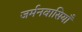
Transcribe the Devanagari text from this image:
जर्मनवासियाँ